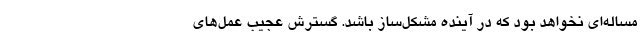
مساله‌ای نخواهد بود که در آینده مشکل‌ساز باشد. گسترش عجیب عمل‌های